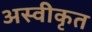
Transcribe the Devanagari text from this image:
अस्‍वीकृत